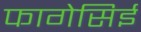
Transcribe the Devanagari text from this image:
फागेसिई